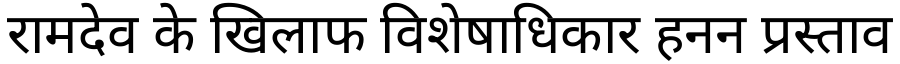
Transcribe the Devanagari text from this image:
रामदेव के खिलाफ विशेषाधिकार हनन प्रस्ताव